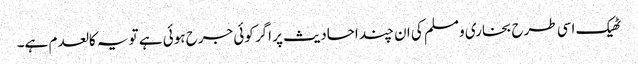
ٹھیک اسی طرح بخاری ومسلم کی ان چند احادیث پر اگر کوئی جرح ہوئی ہے تو یہ کالعدم ہے۔